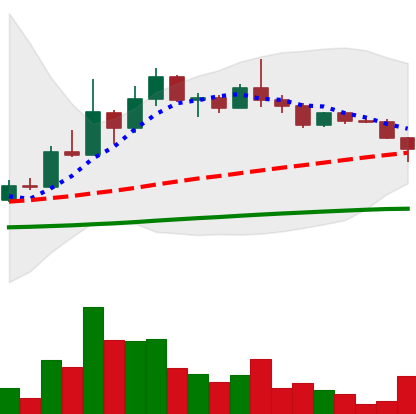
Ticker: DOGE-USD
Chart end date: 2022-12-12
Forward return: -12.177%
Label: down_7plus